Subject: stat
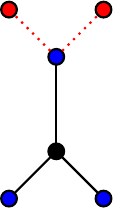
LaTeX code:
\begin{tikzpicture}[scale=0.6,transform shape, thick]
  \node[circle,draw, fill=blue ] (a) at(0,0){};
  \node[circle,draw,fill=blue] (b) at(2,0){};
  \node[circle,draw, fill=black] (c) at(1,1){};
  \node[circle,draw, fill=blue] (d) at(1,3){};

  \node[circle,draw, fill=red] (e) at(0,4){};
  \node[circle,draw,fill=red] (f) at(2,4){};

  \draw[black] (a) --(c) -- (b);
  \draw (c) --(d);
  \draw[dotted, red] (d) --(e);
  \draw[dotted, red] (d) -- (f);
\end{tikzpicture}